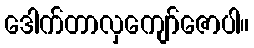
ဒေါက်တာလှကျော်ဇောပါ။